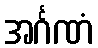
အင်္ဂဏံ